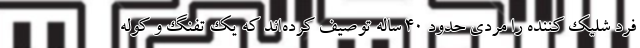
فرد شلیک کننده را مردی حدود 40 ساله توصیف کرده‌اند که یک تفنگ و کوله